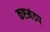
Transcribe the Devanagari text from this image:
कष्टमंडप